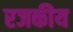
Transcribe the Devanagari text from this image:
रजकीय